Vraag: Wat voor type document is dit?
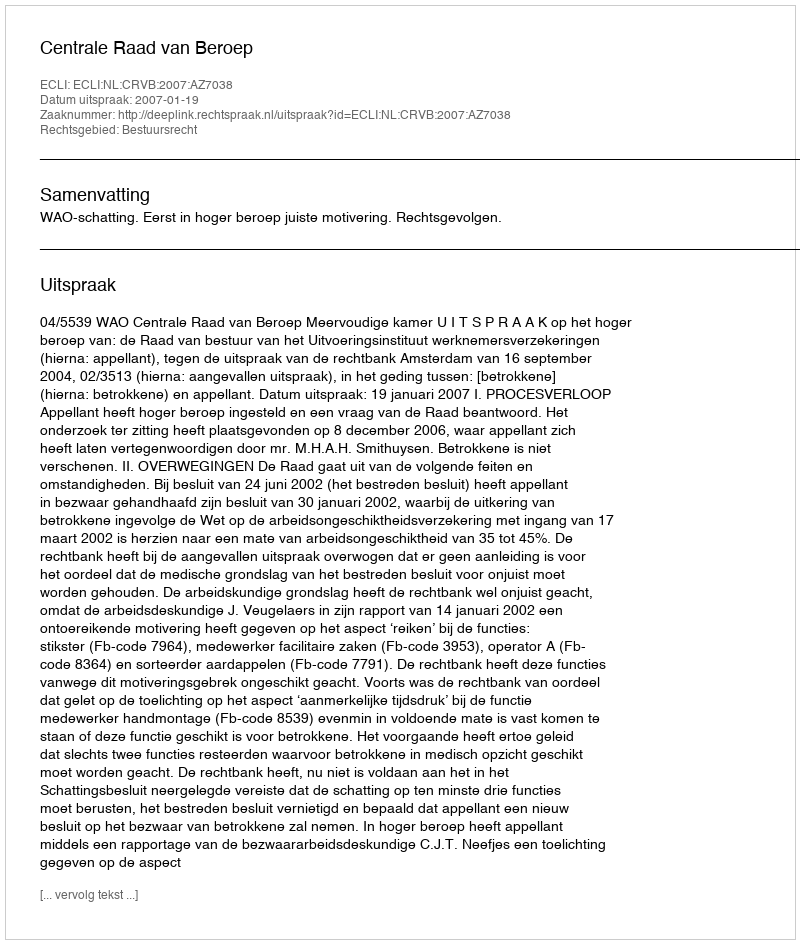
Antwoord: Uitspraak